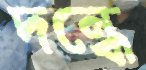
দন্ধে